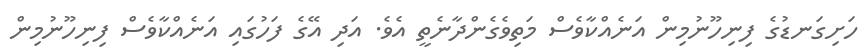
ހަށިގަނޑުގެ ފިނިހޫނުމިން އަނެއްކާވެސް މަތިވެގެންދާނެތީ އެވެ. އަދި އޭގެ ފަހުގައި އަނެއްކާވެސް ފިނިހޫނުމިން